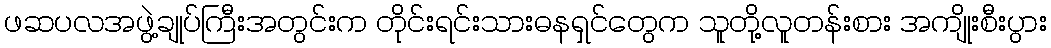
ဖဆပလအဖွဲ့ချုပ်ကြီးအတွင်းက တိုင်းရင်းသားဓနရှင်တွေက သူတို့လူတန်းစား အကျိုးစီးပွား